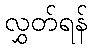
လွှတ်ရန်